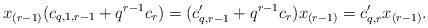
LaTeX: \begin{align*}x_{(r-1)}(c_{q,1,r-1}+q^{r-1}c_r)=(c'_{q,r-1}+q^{r-1}c_r)x_{(r-1)}=c'_{q,r}x_{(r-1)}.\end{align*}